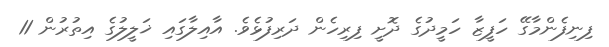
ފިނިފެންމާގޭ ހަފީޒާ ހަމީދުގެ ދޮށީ ފިރިހެން ދަރިފުޅެވެ. އާއިލާގައި ޚަލީލުގެ އިތުރުން 11